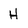
Character: H